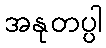
အနုတပ္ပါ